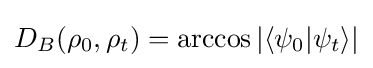
D_{B}(\rho _{0},\rho _{t})=\arccos |\langle \psi _{0}|\psi _{t}\rangle |